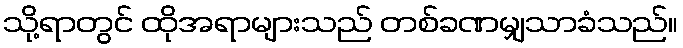
သို့ရာတွင် ထိုအရာများသည် တစ်ခဏမျှသာခံသည်။